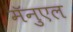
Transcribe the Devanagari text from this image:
मॅनुएल